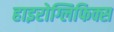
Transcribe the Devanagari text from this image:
हाइरोग्लिफिक्स